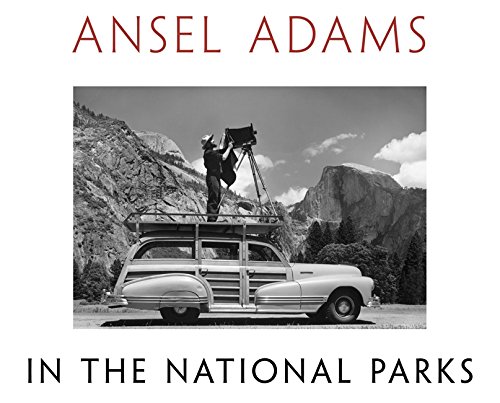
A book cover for Ansel Adams in the National Parks: Photographs from America's Wild Places; Ansel Adams; Arts & Photography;